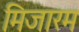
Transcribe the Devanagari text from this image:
मिजारम